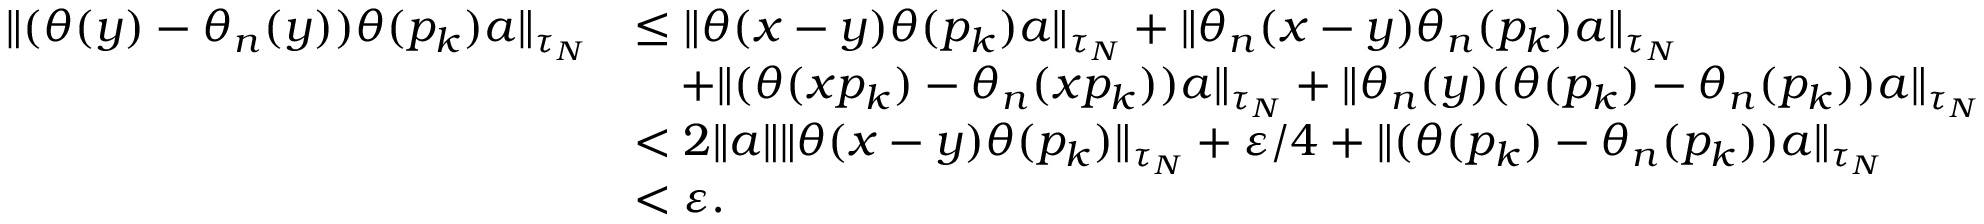
\begin{array} { r l } { \| ( \theta ( y ) - \theta _ { n } ( y ) ) \theta ( p _ { k } ) a \| _ { \tau _ { N } } } & { \leq \| \theta ( x - y ) \theta ( p _ { k } ) a \| _ { \tau _ { N } } + \| \theta _ { n } ( x - y ) \theta _ { n } ( p _ { k } ) a \| _ { \tau _ { N } } } \\ & { \quad + \| ( \theta ( x p _ { k } ) - \theta _ { n } ( x p _ { k } ) ) a \| _ { \tau _ { N } } + \| \theta _ { n } ( y ) ( \theta ( p _ { k } ) - \theta _ { n } ( p _ { k } ) ) a \| _ { \tau _ { N } } } \\ & { < 2 \| a \| \| \theta ( x - y ) \theta ( p _ { k } ) \| _ { \tau _ { N } } + \varepsilon / 4 + \| ( \theta ( p _ { k } ) - \theta _ { n } ( p _ { k } ) ) a \| _ { \tau _ { N } } } \\ & { < \varepsilon . } \end{array}